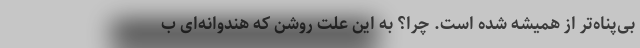
بی‌پناه‌تر از همیشه شده است. چرا؟ به این علت روشن که هندوانه‌ای ب